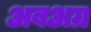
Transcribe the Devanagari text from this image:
अबअग्र